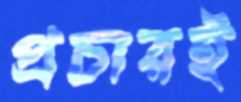
প্রচারই